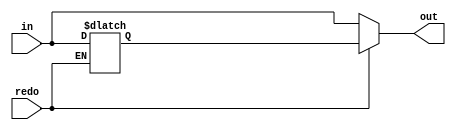
// 0317001_0310511
module Redo(
    redo,
    in,
    out
    );

parameter size = 0;

input             redo;
input  [size-1:0] in;
output [size-1:0] out;

reg    [size-1:0] last;

assign out = (redo)? last : in;

always @(*) begin
    if(redo)
        last <= last; 
    else
        last <= in;
end

endmodule